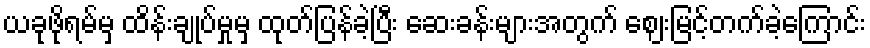
ယခုဖိုရမ်မှ ထိန်းချုပ်မှုမှ ထုတ်ပြန်ခဲ့ပြီး ဆေးခန်းများအတွက် ဈေးမြင့်တက်ခဲ့ကြောင်း